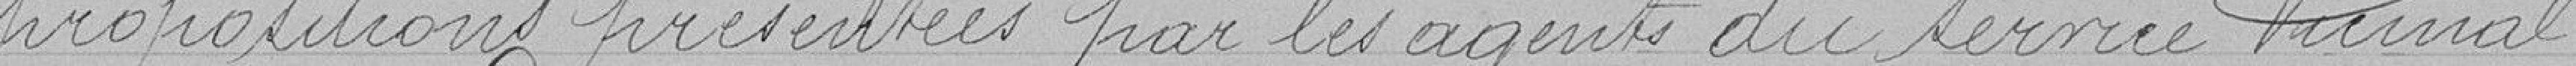
propositions présentée par les agents du service vicinal.